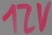
Text: 12V